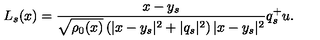
L _ { s } ( x ) = \frac { x - y _ { s } } { \sqrt { \rho _ { 0 } ( x ) } \left( | x - y _ { s } | ^ { 2 } + | q _ { s } | ^ { 2 } \right) | x - y _ { s } | ^ { 2 } } q _ { s } ^ { + } u .